Leaving Certificate, 1899
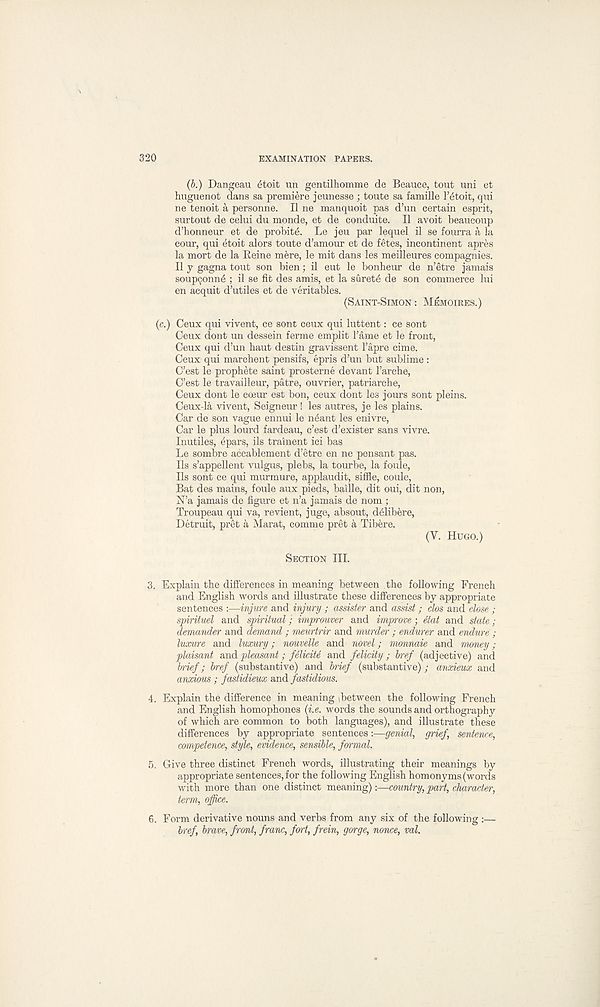
320
EXAMINATION PAPERS.
(b.) Dangeau £toit un gentilhomme de Beauce, tout uni et
huguenot dans sa premiere jeunesse ; toute sa famille T^toit, qui
ne tenoit a personne. II ne manquoit pas d’un certain esprit,
surtout de celui du monde, et de conduite. II avoit beaucoup
d’honneur et de probite. Le jeu par lequel il se fourra a la
cour, qui etoit alors toute d’amour et de fetes, incontinent apres
la mort de la Beine mere, le mit dans les meilleures compagnies.
II y gagna tout son bien; il eut le bonheur de n’etre jamais
soupQonn6 ; il se fit des amis, et la surety de son commerce lui
en acquit d’utiles et de veritables.
(SAINT-SIMON : MEMOIRES.)
(c.) Ceux qui vivent, ce sont ceux qui luttent: ce sont
Ceux dont un dessein ferme emplit Tame et le front,
Ceux qui d’un haut destin gravissent I’apre cime.
Ceux qui marchent pensifs, epris d’un but sublime:
C’est le prophete saint prosterne devant 1’arche,
C’est le travailleur, patre, ouvrier, patriarehe,
Ceux dont le coeur est bon, ceux dont les jours sont pleins.
Ceux-la vivent, Seigneur ! les autres, je les plains.
Car de son vague ennui le n6ant les enivre,
Car le plus lourd fardeau, c’est d’exister sans vivre.
Inutiles, 4pars, ils trainent ici bas
Le sombre accablement d’etre en ne pensant pas.
Ils s’appellent vulgus, plebs, la tourbe, la foule,
Ils sont ce qui murmure, applaudit, siffle, coule,
Bat des mains, foule aux pieds, bailie, dit oui, dit non,
N’a jamais de figure et n’a jamais de nom ;
Troupeau qui va, revient, juge, absout, d6libere,
Detruit, pret a Marat, comme pret a Tibere.
(Y. HUGO.)
SECTION III.
3. Explain the differences in meaning between the following French
and English words and illustrate these differences by appropriate
sentences :—injure and injury ; assister and assist; clos and close;
spirituel and spiritual; improuver and improve; Mat and state;
demander and demand; meurtrir and murder; endurer and endure:;
luxure and luxury; nouvelle and novel; monnaie and money ;
plaisant and pleasant; fdliciU and felicity ; href (adjective) and
b'ief; href (substantive) and bief (substantive); anxieux and
anxious ; fastidieux and fastidious.
4. Explain the difference in meaning ibetween the following French
and English homophones (i.e. words the sounds and orthography
of which are common to both languages), and illustrate these
differences by appropriate sentences:—genial, grief, sentence,
competence, style, evidence, sensible, formal.
5. Give three distinct French words, illustrating their meanings by
appropriate sentences, for the following English homonyms (words
with more than one distinct meaning):—country, part, character,
term, office.
6. Form derivative nouns and verbs from any six of the following :—
href, brave, front, franc, fort, frein, gorge, nonce, val.